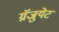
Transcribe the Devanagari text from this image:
ग्रॅजुयेट